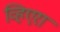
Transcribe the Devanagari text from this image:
व्हिएरा